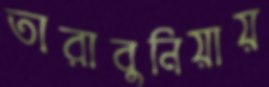
তারাবুনিয়ায়